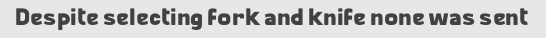
Despite selecting fork and knife none was sent